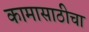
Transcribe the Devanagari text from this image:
कामासाठीचा